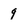
Character: 9